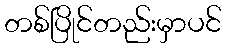
တစ်ပြိုင်တည်းမှာပင်